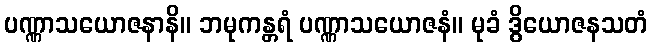
ပဏ္ဏာသယောဇနာနိ။ ဘမုကန္တရံ ပဏ္ဏာသယောဇနံ။ မုခံ ဒွိယောဇနသတံ